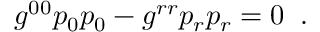
g ^ { 0 0 } p _ { 0 } p _ { 0 } - g ^ { r r } p _ { r } p _ { r } = 0 \; \; .